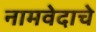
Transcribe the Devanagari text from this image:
नामवेदाचे